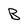
Character: B